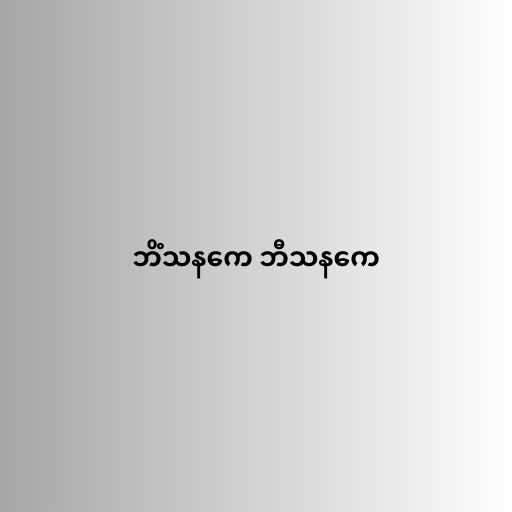
ဘိံသနကေ ဘီသနကေ